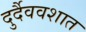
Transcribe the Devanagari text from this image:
दुर्दैववशात